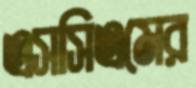
এসসিএমের